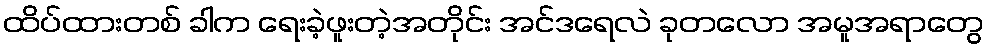
ထိပ်ထားတစ် ခါက ရေးခဲ့ဖူးတဲ့အတိုင်း အင်ဒရေလဲ ခုတလော အမူအရာတွေ